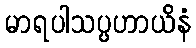
မာရပါသပ္ပဟာယိနံ